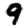
Digit: 9